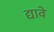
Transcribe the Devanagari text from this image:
द्यावें